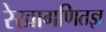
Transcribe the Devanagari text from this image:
रेखागणितज्ञ